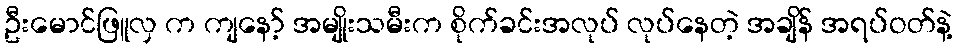
ဦးမောင်ဖြူလှ က ကျနော့် အမျိုးသမီးက စိုက်ခင်းအလုပ် လုပ်နေတဲ့ အချိန် အရပ်ဝတ်နဲ့